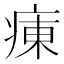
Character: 𤷆